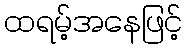
ထရမ့်အနေဖြင့်